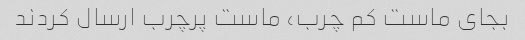
بجای ماست کم چرب، ماست پرچرب ارسال کردند